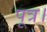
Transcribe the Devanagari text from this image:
पूत्र।